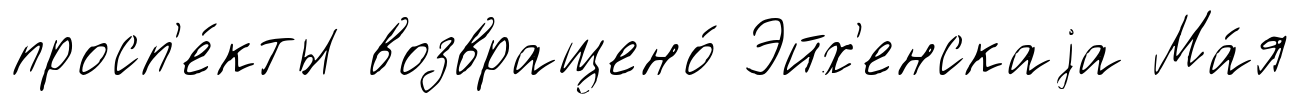
просп'е́кты возвращено́ Эйх'енскаjа Ма́я